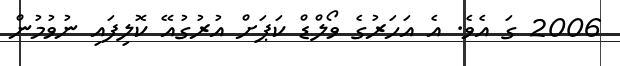
2006 ގަ އެވެ. އެ އަހަރުގެ ވޯލްޑް ކަޕަށް އުރުގުއޭ ކޮލިފައި ނުވުމުން